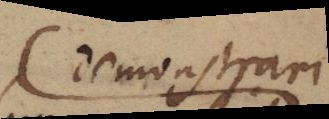
demonstrari